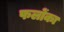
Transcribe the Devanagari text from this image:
फलोंका